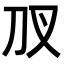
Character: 𭃇